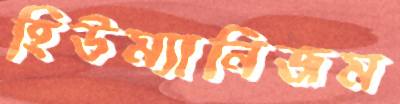
হিউম্যানিজম